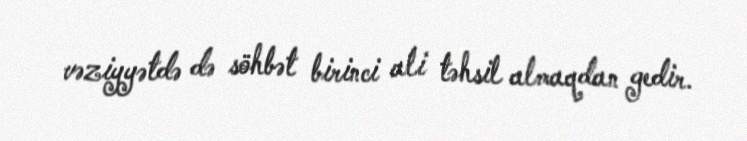
vəziyyətdə də söhbət birinci ali təhsil almaqdan gedir.